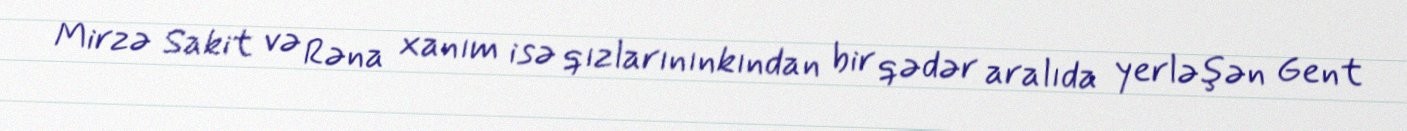
Mirzə Sakit və Rəna xanım isə qızlarınınkından bir qədər aralıda yerləşən Gent